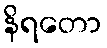
နိရတော